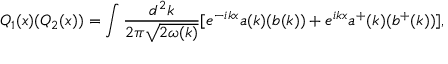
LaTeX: Q _ { 1 } ( x ) ( Q _ { 2 } ( x ) ) = \int { \frac { d ^ { 2 } k } { 2 \pi { \sqrt { 2 \omega ( k ) } } } } [ e ^ { - i k x } a ( k ) ( b ( k ) ) + e ^ { i k x } a ^ { + } ( k ) ( b ^ { + } ( k ) ) ] ,